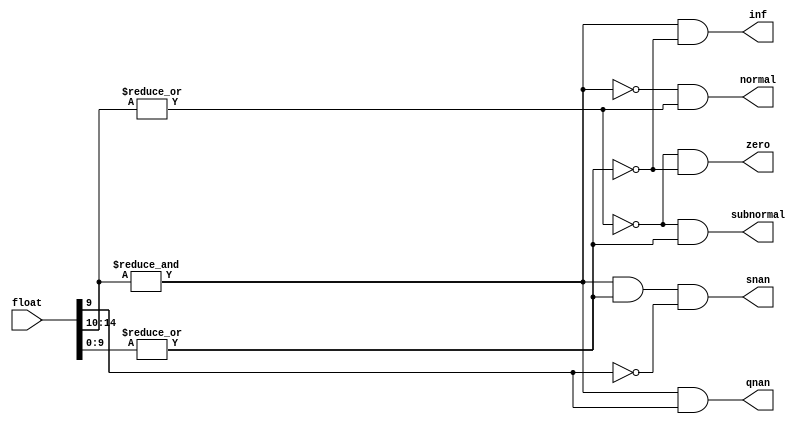
module Fp_clasifier
(input [15:0] float , 
output snan , qnan , inf , zero , subnormal , normal );

wire expOnes , expZeroes , sigZeroes ; 

assign expOnes = &float[14:10];
assign expZeroes = ~|float[14:10];
assign sigZeroes = ~|float[9:0];

assign snan = expOnes & ~sigZeroes & ~float[9];
assign qnan = expOnes & float[9];
assign inf  = expOnes & sigZeroes;
assign zero = expZeroes & sigZeroes;
assign subnormal = expZeroes & ~sigZeroes;
assign normal = ~expOnes &  ~expZeroes;

endmodule